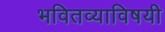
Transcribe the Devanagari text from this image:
भवितव्याविषयी